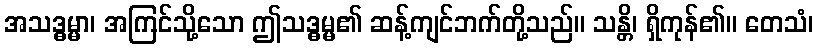
အသဒ္ဓမ္မာ၊ အကြင်သို့သော ဤသဒ္ဓမ္မ၏ ဆန့်ကျင်ဘက်တို့သည်။ သန္တိ၊ ရှိကုန်၏။ တေသံ၊